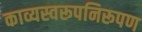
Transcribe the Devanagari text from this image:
काव्यस्वरूपनिरूपण